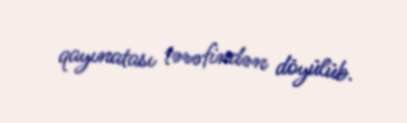
qayınatası tərəfindən döyülüb.